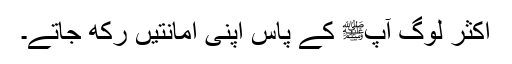
اکثر لوگ آپﷺ کے پاس اپنی امانتیں رکھ جاتے۔